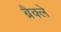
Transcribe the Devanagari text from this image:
ब्रैक्ले